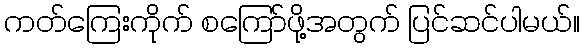
ကတ်ကြေးကိုက် စကြော်ဖို့အတွက် ပြင်ဆင်ပါမယ်။